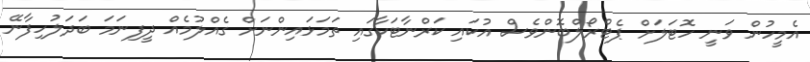
އެމީހުން ވަނީ ހޮޓަލަށް ޕެޓްރޯލްބޮންވެސް އުކައި ކަރްނާޓަކާގައި ތަމަޅައިންނަށް ގެއްލުމެއް ދީފިނަމަ ބަދަލުހިފާނޭ